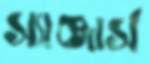
স্যাঞ্জার্স